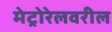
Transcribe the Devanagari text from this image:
मेट्रोरेलवरील